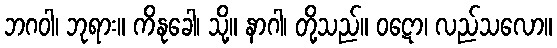
ဘဂဝါ၊ ဘုရား။ ကိနုခေါ၊ သို့။ နာဂါ၊ တို့သည်။ ဝဋော၊ လည်သလော။